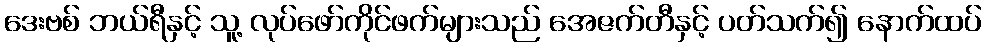
ဒေးဗစ် ဘယ်ရီနှင့် သူ့ လုပ်ဖော်ကိုင်ဖက်များသည် အေဇက်တီနှင့် ပတ်သက်၍ နောက်ထပ်